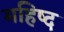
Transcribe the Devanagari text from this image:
महिष्द